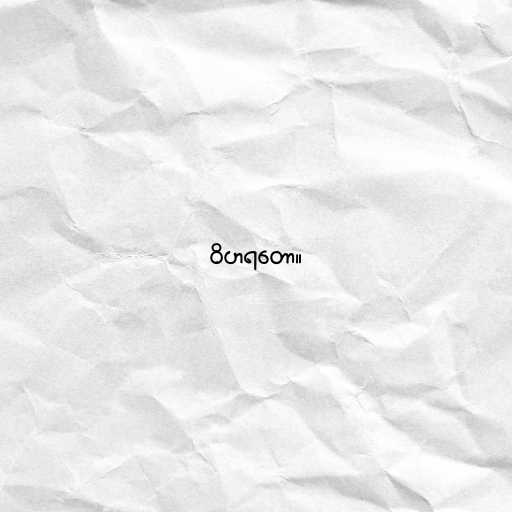
ဝိဟရတော။